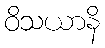
ဝိသယာနိ